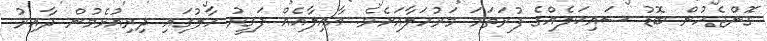
ގޮންޖެހުން ބޮޑު ސައިކަލެއްގެ ފުރަތަމަ މަރުހަލާއަށެވެ. އާއިލާއެއް ފަގީރު ހާލުގައި ދިރިއުޅެމުން ދާއިރު